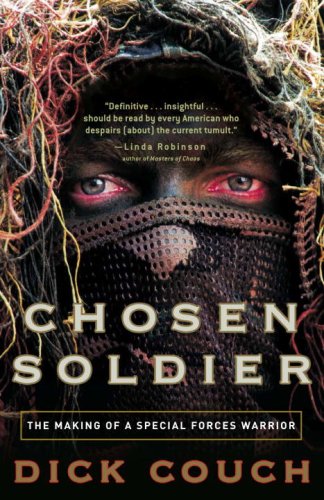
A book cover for Chosen Soldier: The Making of a Special Forces Warrior; Dick Couch; History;